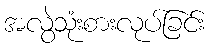
အလွဲသုံးစားလုပ်ခြင်း